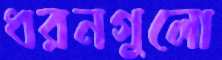
ধরনগুলো